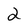
Character: 2